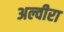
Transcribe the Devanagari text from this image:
अल्वीरा